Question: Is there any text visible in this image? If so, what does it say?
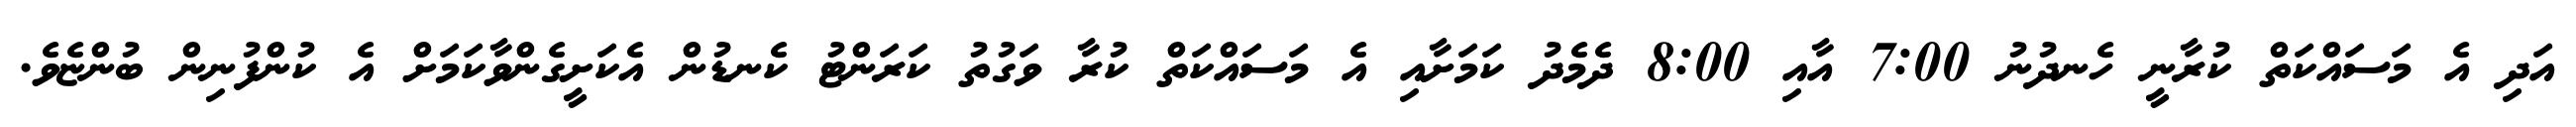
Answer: އަދި އެ މަސައްކަތް ކުރާނީ ހެނދުނު 7:00 އާއި 8:00 ދެމެދު ކަމަށާއި އެ މަސައްކަތް ކުރާ ވަގުތު ކަރަންޓު ކެނޑުން އެކަށީގެންވާކަމަށް އެ ކުންފުނިން ބުންޏެވެ.